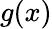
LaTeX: g(x)